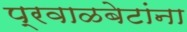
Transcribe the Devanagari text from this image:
प्रवाळबेटांना